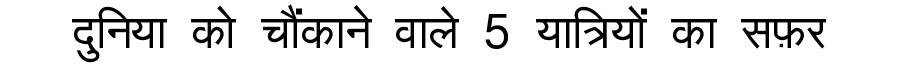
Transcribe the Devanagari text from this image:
दुनिया को चौंकाने वाले 5 यात्रियों का सफ़र